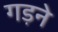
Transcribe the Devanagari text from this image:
गड़ने